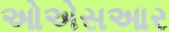
ઓએસઆર